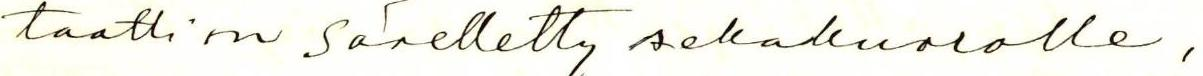
taatti on sävelletty sekakuorolle,